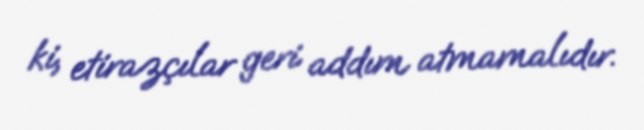
ki, etirazçılar geri addım atmamalıdır.